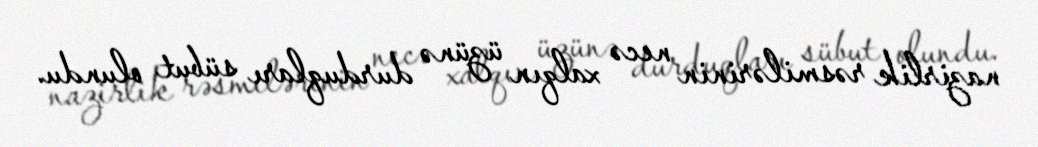
nazirlik rəsmilərinin necə xalqın üzünə durduqları sübut olundu.